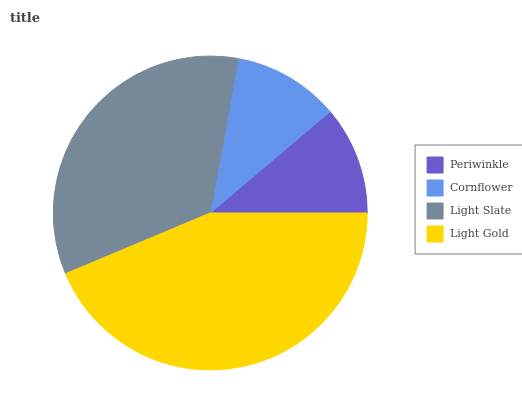
| Periwinkle | Cornflower | Light Slate | Light Gold |
 | --- | --- | --- | --- |
 | 11.2% | 11% | 34.2% | 43.6% |